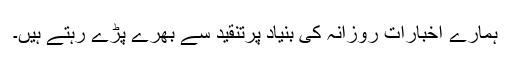
ہمارے اخبارات روزانہ کی بنیاد پرتنقید سے بھرے پڑے رہتے ہیں۔